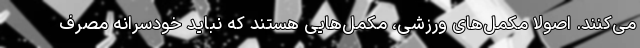
می‌کنند. اصولا مکمل‌های ورزشی، مکمل‌هایی هستند که نباید خودسرانه مصرف